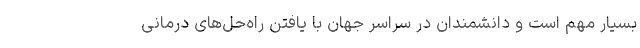
بسیار مهم است و دانشمندان در سراسر جهان با یافتن راه‌حل‌های درمانی